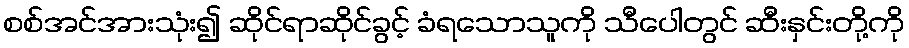
စစ်အင်အားသုံး၍ ဆိုင်ရာဆိုင်ခွင့် ခံရသောသူကို သီပေါတွင် ဆီးနှင်းတို့ကို